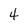
Character: 4